Lunatic asylums Bombay report 1878-1890 - 1878-1890
Year: 1878
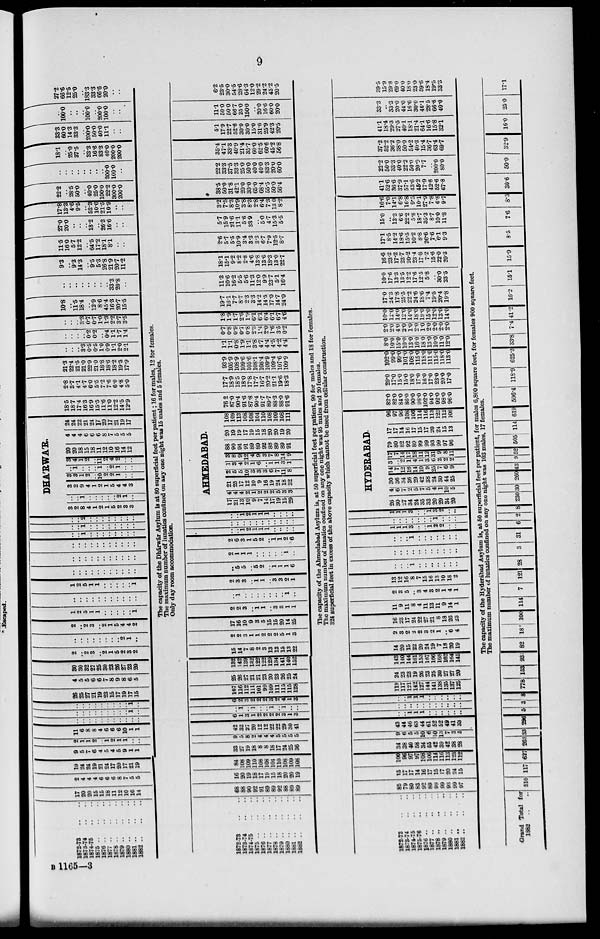
9
1872-73 .. ..
1873-74 .. ..
1874-75 .. ..
1875
..
..
..
1876
..
..
..
1877 .. .. ..
1878
..
..
..
1870
..
..
..
1880
..
..
..
1881
..
..
..
1882
..
..
..
17
20
20
15
15
18
11
12
10
16
14
2
4
4
4
6
6
6
8
7
5
5
19
24
24
19
21
24
17
20
17
21
19
9
5
7
6
4
5
4
5
9
1
1
2
1
1
2
..
1
2
1
1
..
..
11
6
8
8
4
6
6
6
10
1
1
..
..
..
..
..
..
..
..
..
..
..
..
..
..
..
..
..
..
..
..
1
..
..
..
..
..
..
..
..
..
..
1
..
26
25
27
21
19
23
15
17
19
17
15
4
5
5
6
6
7
8
9
8
6
5
30
30
32
27
25
30
23
26
27
23
20
2
..
2
3
..
2
1
5
2
3
2
..
..
..
..
..
..
..
..
2
1
...
2
..
2
3
..
2
1
5
4
4
2
1
2
5
1
1
..
..
..
..
..
1
..
..
..
..
..
..
..
..
..
..
..
1
2
5
1
1
..
..
..
..
..
1
..
..
..
..
..
..
..
..
..
..
..
..
..
..
..
..
..
..
..
..
..
..
..
..
..
..
..
..
..
..
..
..
..
..
..
1
..
..
..
..
..
..
..
..
..
..
1
..
..
..
..
..
..
..
..
..
..
2
..
..
..
..
..
..
..
..
DHA'RWA'R
3
2
8
4
1
2
1
5
2
3
3
..
..
1
..
..
..
..
..
2
1
..
3
2
9
4
1
2
1
5
4
4
3
3
3
1
2
..
10
2
2
1
..
..
..
1
..
..
..
1
..
2
1
..
..
3
4
1
2
..
11
2
4
2
..
..
20
20
18
15
18
11
12
10
16
14
12
4
4
4
6
6
6
8
7
5
5
5
24
24
22
21
24
17
20
17
21
19
17
18.5
18.7
17.4
16.3
16.9
15.5
11.6
11.0
12.2
14.5
12.9
2.8
3.7
4.1
4.7
6.0
5.5
7.2
7.6
6.0
4.8
5.0
21.3
22.4
21.5
21.0
22.9
21.0
18.8
18.6
18.2
19.3
17.9
..
..
..
3.3
0.5
0.5
1.0
0.9
1.1
2.0
2.1
..
..
..
...
0.2
0.2
..
0.4
1.1
1.7
1.4
..
..
..
3.3
0.7
0.7
1.0
1.3
2.2
3.7
3.5
10.8
..
11.5
18.4
..
12.9
8.6
45.4
16.3
20.7
15.5
..
..
..
..
..
..
..
...
33.3
20.8
..
9.3
..
9.3
14.3
..
9.5
5.3
26.8
21.9
20.7
11.2
11.5
16.0
5.7
12.2
..
64.5
17.2
18.1
8.1
..
..
27.0
20.0
..
..
..
18.2
..
26.3
16.6
..
..
17.8
13.3
4.6
9.5
..
52.3
10.6
21.5
10.9
..
..
22.2
..
28.5
50.0
..
40.0
25.0
100.0
22.2
300.0
200.0
..
..
..
..
..
..
..
..
200.0
100.0
..
18.1
..
25.0
37.5
..
33.3
16.6
83.3
40.0
200.0
200.0
33.3
60.0
14.3
33.3
..
200.0
50.0
40.0
11.1
..
..
..
100.0
..
..
..
100.0
..
200.0
100.0
..
..
27.2
66.6
12.5
25.0
..
183.3
33.3
66.6
20.0
..
..
The capacity of the Dhárwár Asylum is at 80 superficial feet per patient; 16 for males, 12 for females.
The maximum number of lunatics confined on any one night was 15 males and 5 females.
Only day room accommodation.
1872-73 .. ..
1873-74 .. ..
1874-75 .. ..
1875
..
..
..
1876
..
..
..
1877
..
..
..
1878
..
..
..
1879
..
..
..
1880
..
..
..
1881
..
..
..
1882
..
..
..
68
88
90
92
91
89
89
92
88
89
89
16
20
19
18
17
19
15
18
20
20
19
84
108
109
110
108
108
104
110
108
109
108
33
27
19
18
8
8
18
17
24
25
36
9
5
8
2
4
4
4
5
5
5
5
42
32
27
20
12
12
22
22
29
30
41
6
1
3
1
2
2
2
2
3
1
3
..
1
..
1
..
..
1
..
1
..
..
6
2
3
2
2
2
3
2
4
1
3
167
116
112
111
101
99
109
111
115
115
128
25
26
27
21
21
23
20
23
26
25
24
132
142
139
132
122
122
129
134
141
140
152
15
14
7
8
2
3
13
13
15
13
22
2
2
3
1
1
2
2
2
5
1
3
17
16
10
9
3
5
15
15
20
14
25
2
2
3
..
1
1
..
3
3
1
1
..
1
..
..
..
..
..
..
..
1
..
2
3
3
..
1
1
..
3
3
2
1
..
5
5
..
5
2
..
1
1
1
6
2
1
1
1
..
..
..
..
..
1
...
2
6
3
1
5
2
..
1
1
2
6
..
..
1
2
1
1
1
..
..
..
..
..
..
..
..
..
..
..
..
..
..
..
..
..
1
2
1
1
1
..
..
..
..
AHMEDABAD.
17
21
13
10
9
7
14
17
19
15
29
4
4
4
2
1
2
2
2
5
3
3
21
25
17
12
10
9
16
19
24
18
32
2
5
5
10
3
3
3
6
7
11
8
1
3
4
2
1
6
..
1
1
3
1
3
8
9
12
4
9
3
7
8
14
9
88
90
94
91
89
89
92
88
89
89
91
20
19
19
17
19
15
18
20
20
19
20
108
109
113
108
108
104
110
108
109
108
111
76.2
87.0
90.4
91.6
87.8
90.4
91.7
89.7
88.3
88.0
91.6
17.7
18.9
18.5
18.0
17.8
17.7
16.7
20.2
21.1
19.6
18.3
93.9
105.9
108.9
109.6
105.6
108.1
108.4
109.9
109.4
107.6
109.9
1.1
1.1
0.8
1.9
1.1
3.8
4.7
4.4
4.5
4.2
4.4
0.7
0.8
0.9
0.7
0.8
2.3
1.4
2.0
1.6
3.5
0.2
1.8
1.9
1.7
2.6
1.9
6.1
6.1
6.4
6.1
6.7
4.6
19.7
16.1
7.7
8.7
2.3
3.3
14.2
14.5
17.0
14.7
240
11.3
10.6
16.2
5.5
5.6
11.3
12.0
9.9
23.7
5.1
16.4
18.1
15.1
9.2
8.2
2.8
4.6
13.8
13.6
18.3
13.0
22.7
2.6
5.7
5.5
10.9
3.4
3.3
3.3
6.7
7.9
12.5
8.7
5.7
15.9
21.6
11.1
5.6
33.9
..
5.0
4.7
15.3
5.5
3.2
7.5
8.3
10.9
3.8
8.3
2.8
6.4
7.3
13.0
8.2
38.5
50.0
31.8
42.1
20.0
30.0
65.0
68.4
55.5
50.0
56.4
22.2
33.3
37.5
33.3
25.0
50.0
40.0
40.0
83.3
20.0
60.0
35.4
47.1
33.3
40.9
21.4
35.7
60.0
62.5
60.6
45.2
56.8
5.1
17.9
22.7
52.6
30.0
30.0
15.0
31.6
25.9
42.3
20.5
11.1
50.0
50.0
66.7
25.0
150.0
..
20.0
16.6
60.0
20.0
6.2
23.5
30.0
54.5
28.6
64.3
12.0
29.2
24.2
45.2
20.5
The capacity of the Ahmedabad Asylum is, at 50 superficial feet per patient, 90 for males and 18 for females.
The maximum number of lunatics confined on any one night was 95 males and 20 females.
324 superficial feet in excess of the above capacity which cannot be used from cellular construction.
1872-73 .. ..
1873-74 .. ..
1874-75 .. ..
1875-76 .. ..
1876
..
..
..
1877
..
..
..
1878
..
..
..
1879 .. .. ..
1880
..
..
..
1881
..
..
..
1882 .. .. ..
85
79
80
83
92
89
99
99
93
99
97
15
17
17
14
16
17
15
17
20
24
15
100
96
97
97
108 106
114
116
113
123
112
34
38
40
58
34
65
42
39
42
38
28
9
6
5
5
10
6
10
13
7
3
5
43
44
46
63
44
61
52
52
49
41
33
..
..
1
1
1
..
..
..
..
..
..
..
..
..
..
..
..
..
..
..
..
..
..
..
1
1
1
..
..
..
..
..
..
119
117
121
142
127
144
141
138
135
137
125
24
23
23
19
26
23
25
30
27
27
20
143
140
144
161
153
167
166
168
162
164
145
14
20
15
22
20
24
19
7
18
20
19
2
3
2
2
2
3
2
1
..
6
4
16
23
17
24
22
27
21
8
18
26
23
11
9
11
8
4
11
13
11
9
14
1
2
3
5
3
4
3
2
1
4
1
13
12
16
8
7
15
16
13
10
18
2
..
..
..
1
..
..
..
..
..
..
..
..
..
..
..
..
..
..
..
..
..
..
..
..
..
1
..
..
..
..
..
..
..
1
1
1
3
..
..
1
2
2
..
..
..
..
..
..
..
..
..
1
..
..
..
1
1
1
3
..
..
1
3
2
..
..
HYDERABAD
26 1
30
27
34
24
35
33
20
29
34
20
4
6
7
2
5
7
5
4
1
10
5
30
36
34
36
29
42
38
24
30
44
25
14
7
12
16
14
10
9
25
7
6
9
3
..
2
1
4
1
3
6
2
2
2
17
7
14
17
18
11
12
31
9
8
11
79
80
82
92
89
99
99
93
99
97
96
17
17
14
16
17
15
17
20
24
15
13
96
97
96
108
106
114
116
113
123
112
108
82.0
82.0
84.0
86.0
90.0
98.0
102.0
94.0
92.0
98.0
96.0
20.0
17.0
15.0
15.0
18.0
17.0
16.0
17.0
23.0
20.0
17.0
102.0
99.0
99.0
101.0
108.0
115.0
118.0
111.0
115.0
118.0
113.0
8.0
10.0
15.0
10.0
13.0
16.0
18.0
13.0
10.0
11.0
12.0
2.0
2.0
4.0
2.0
1.0
2.0
1.0
2.0
2.0
2.0
2.0
10.0
12.0
14.0
12.0
14.0
18.0
19.0
15.0
12.0
13.0
14.0
17.0
24.3
17.8
25.5
22.2
24.6
18.6
7.4
19.5
20.4
19.8
10.0
17.6
13.3
13.5
12.2
17.6
12.5
5.8
..
30.0
23.5
16.6
23.2
17.2
23.7
20.2
23.4
17.8
7.2
15.6
22.0
20.3
17.1
8.5
14.2
18.6
15.5
10.2
8.8
26.6
7.6
6.1
9.3
15.0
..
13.3
6.6
22.2
5.8
18.7
35.3
8.7
10.0
11.8
16.6
7.0
14.1
6.8
16.8
9.5
10.1
27.9
7.8
6.8
9.7
41.1
52.6
36.6
37.9
57.1
43.6
45.2
17.9
42.8
52.6
67.8
22.2
50.0
33.3
40.0
22.2
50.0
20.0
7.7
..
200.0
80.0
37.2
52.2
36.2
38.0
50.0
54.2
40.3
15.4
36.7
63.4
69.7
41.1
18.4
29.3
27.5
40.1
18.1
21.4
64.1
16.6
15.8
32.1
33.3
..
33.3
20.0
44.0
16.6
30.0
46.1
28.5
66.6
40.0
39.5
15.9
29.8
69.0
40.0
18.0
23.0
59.6
18.4
19.5
33.3
The capacity of the Hyderabad Asylum is, at 50 superficial feet per patient, for males 6,800 square feet, for females 900 square feet.
The maximum number of lunatics confined on any one night was 103 males, 17 females.
Grand Total for
1882 .. ..
510 117 627 263 33 296
5 3
8 778 153 931 82 18 100 114 7 121 28
3 31 6 2 8 230 30 260 43 9 52 505 114 619 506.4 118.9 625.3 33.8 7.4 41.2 16.2 15.1 15.9
8.5
7.6 8.3 30.6 50.0 32.9 16.0 25.0 17.1
B 1165—3